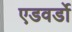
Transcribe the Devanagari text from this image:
एडवर्डो